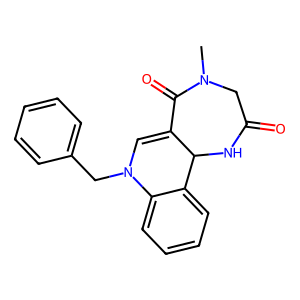
SMILES: CN1CC(=O)NC2C(=CN(Cc3ccccc3)c3ccccc32)C1=O
Inhibits HIV replication: No